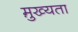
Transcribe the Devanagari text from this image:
मु़ख्यता